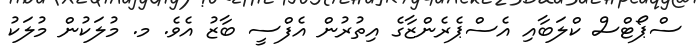
ސްޕޯޓްސް ކްލަބާއި އެސްޕެރެންޒާގެ އިތުރުން އެފްސީ ބާޒު އެވެ. މ. މުލަކުން މުލަކު